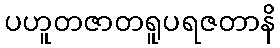
ပဟူတဇာတရူပရဇတာနိ